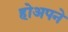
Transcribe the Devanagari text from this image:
होअपने